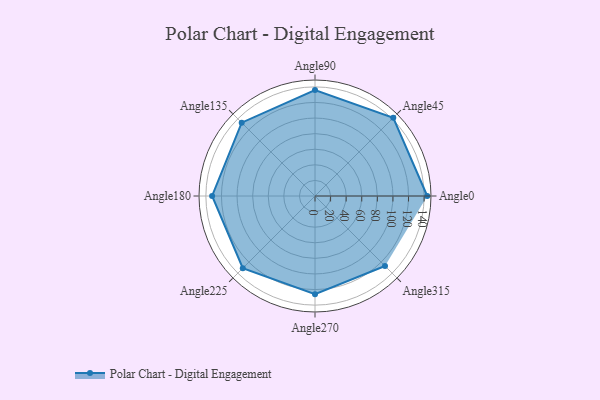
{"axis": {"x": "Angle", "y": "Radius"}, "legend": [""], "data": [{"x": "Angle0", "y": 144.0, "type": ""}, {"x": "Angle45", "y": 142.0, "type": ""}, {"x": "Angle90", "y": 136.0, "type": ""}, {"x": "Angle135", "y": 133.0, "type": ""}, {"x": "Angle180", "y": 132.0, "type": ""}, {"x": "Angle225", "y": 131.0, "type": ""}, {"x": "Angle270", "y": 126.0, "type": ""}, {"x": "Angle315", "y": 127.0, "type": ""}]}